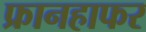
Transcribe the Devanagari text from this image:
फ्रानहाफर